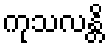
ကုသလန္တိ